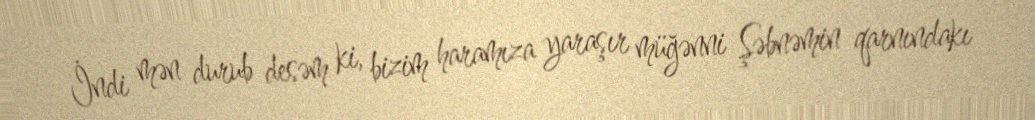
İndi mən durub desəm ki, bizim haramıza yaraşır müğənni Şəbnəmin qarnındakı